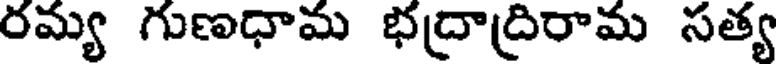
రమ్య గుణధామ భద్రాద్రిరామ సత్య